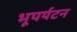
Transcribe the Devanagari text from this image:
भूपर्यटन